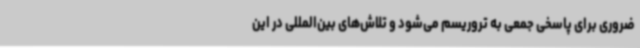
ضروری برای پاسخی جمعی به تروریسم می‌شود و تلاش‌های بین‌المللی در این